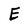
Character: E